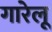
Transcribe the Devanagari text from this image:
गारेलू